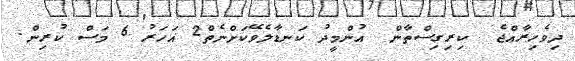
ދިވެހިރާއްޖެ  ކިރިގިސްތާން  އުންމީދު ކަނޑާލެވޭކަށްނެތް2 އަހަރު 6 މަސް ކުރިން.